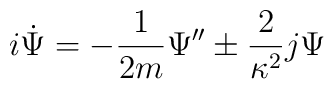
i \dot{\Psi} = - \frac{1}{2m} \Psi'' \pm \frac{2}{\kappa^2} j \Psi